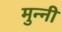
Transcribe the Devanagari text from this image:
मुन्‍नी